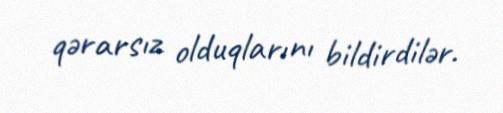
qərarsız olduqlarını bildirdilər.